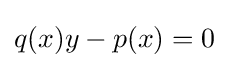
q(x)y-p(x)=0